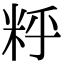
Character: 䉿